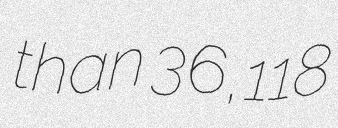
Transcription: than 36,118